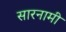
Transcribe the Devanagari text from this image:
सारनामी